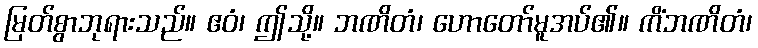
မြတ်စွာဘုရားသည်။ ဧဝံ၊ ဤသို့။ ဘဏိတံ၊ ဟောတော်မူအပ်၏။ ကိံဘဏိတံ၊